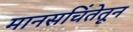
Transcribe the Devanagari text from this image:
मानसचिंतेतून